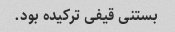
بستنی قیفی ترکیده بود.